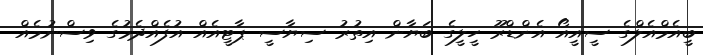
ބީއެމްއެލްގެ ސީއީއޯ އެންޑްރޫ ހީލީގެ ބަޔާން އިތުރު ސިޔާސީ ޕާޓީއެއް އުފެއްދެމުގެ ވިސްނުމެއް